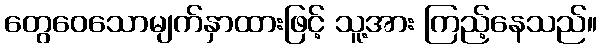
တွေဝေသောမျက်နှာထားဖြင့် သူ့အား ကြည့်နေသည်။